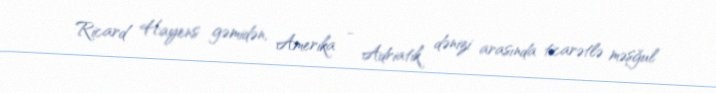
Ricard Hayens gəmidən, Amerika - Adriatik dənizi arasında ticarətlə məşğul